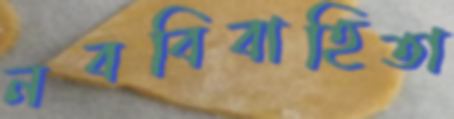
নববিবাহিতা